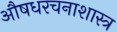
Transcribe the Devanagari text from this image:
औषधरचनाशास्त्र